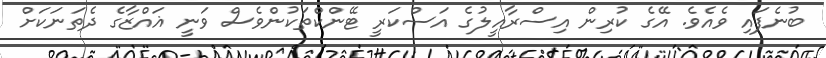
ބުނެފައި ވެއެވެ. އޭގެ ކުރިން އިސްރާއީލުގެ އަސްކަރީ ޓޭންކްތަކުންވެސް ވަނީ ޣައްޒާގެ ދެތަނަކަށް